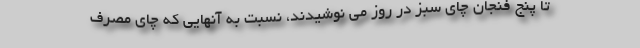
تا پنج فنجان چای سبز در روز می نوشیدند، نسبت به آنهایی که چای مصرف